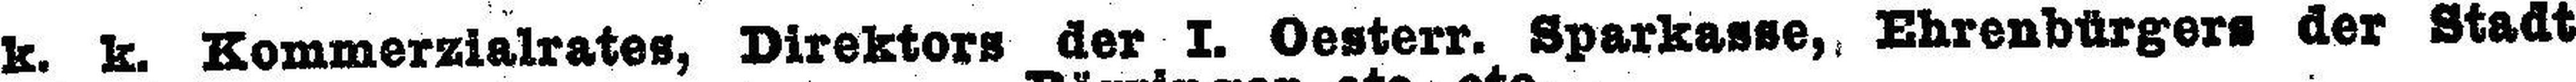
k. k. Kommerzialrates, Direktors der I. Oesterr. Sparkasse, Ehrenbürgers der Stadt